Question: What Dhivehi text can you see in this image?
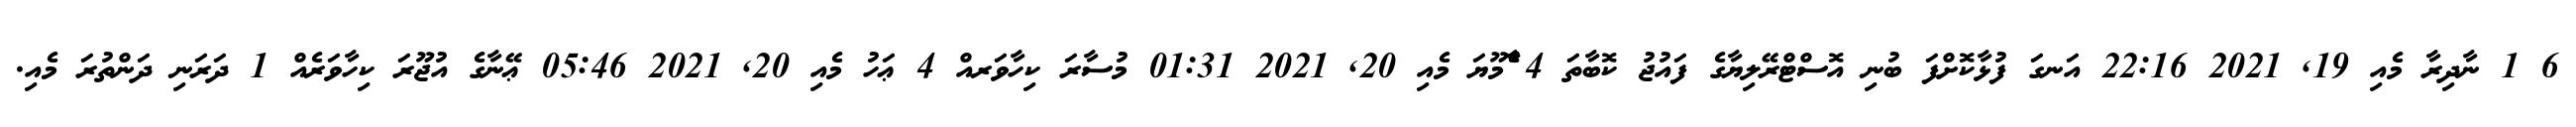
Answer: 6 1 ނާދިރާ މެއި 19, 2021 22:16 އަނގަ ފުޅާކޮށްފަ ބުނި އޮސްޓްރޭލިޔާގެ ފައުޖު ކޮބާތަ 4 ާެެެމޫޔަ މެއި 20, 2021 01:31 މުސާރަ ކިހާވަރއް 4 ޢަހު މެއި 20, 2021 05:46 ޢޭނާގެ އުޖޫރަ ކިހާވަރެއް 1 ދަރަނި ދަންތުރަ މެއި.